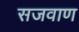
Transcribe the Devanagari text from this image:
सजवाण